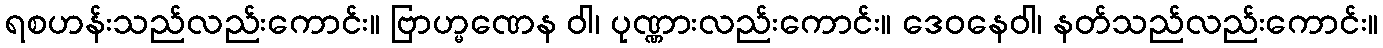
ရစဟန်းသည်လည်းကောင်း။ ဗြာဟ္မဏေန ဝါ၊ ပုဏ္ဏားလည်းကောင်း။ ဒေဝနေဝါ၊ နတ်သည်လည်းကောင်း။